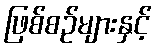
ဖြစ်စဉ်များနှင့်